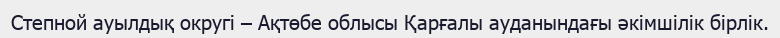
Степной ауылдық округі – Ақтөбе облысы Қарғалы ауданындағы әкімшілік бірлік.